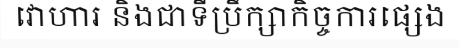
វោហារ និងជាទីប្រឹក្សាកិច្ចការផ្សេង